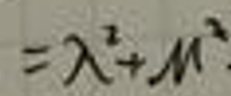
$= \lambda ^ { 2 } + \mu ^ { 2 }$